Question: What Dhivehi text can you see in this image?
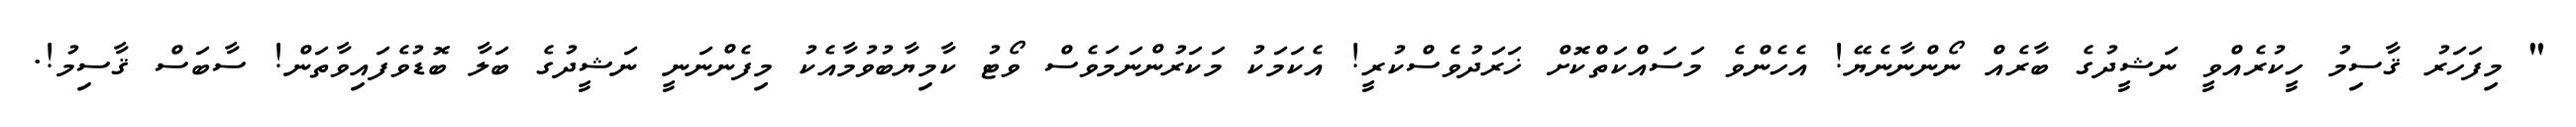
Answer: " މިފަހަރު ޤާސިމު ހީކުރެއްވީ ނަޝީދުގެ ބާރެއް ނޯންނާނެޔޭ! އެހެންވެ މަސައްކަތްކޮށް ޚަރަދުވެސްކުރީ! އެކަމަކު މަކަރުންނަމަވެސް ވޯޓު ކާމިޔާބުވުމާއެކު މިފެންނަނީ ނަޝީދުގެ ބަލާ ބޮޑުވެފައިވާތަން! ސާބަސް ޤާސިމު!.